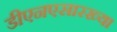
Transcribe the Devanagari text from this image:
डीएनएसारख्या